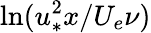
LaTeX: \ln(u_{*}^{2}x/U_{e}\nu)